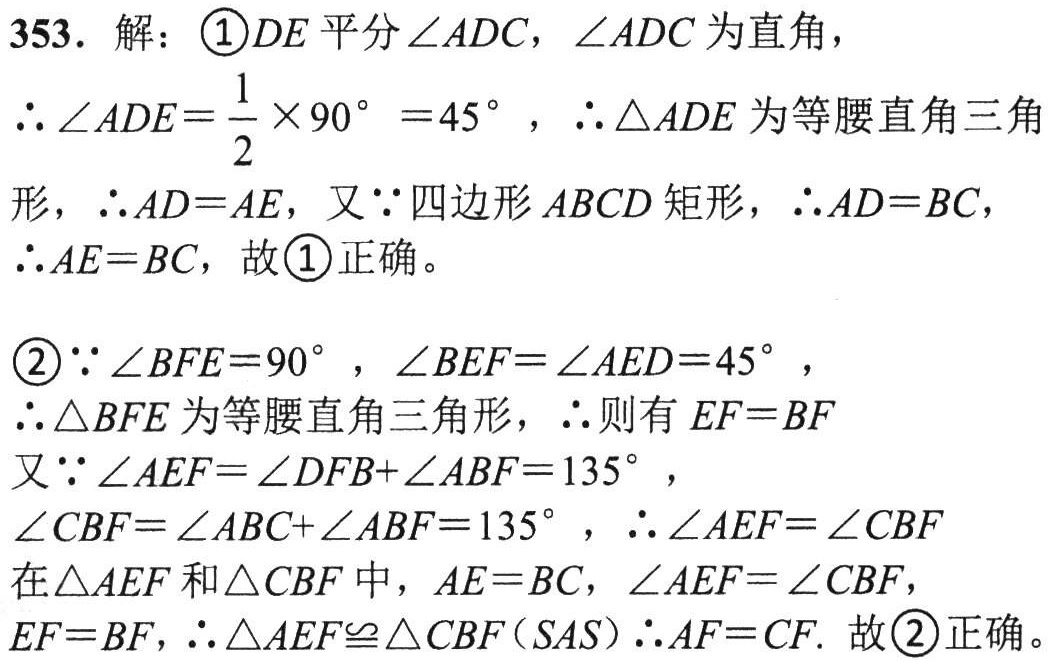
353. 解：

\textcircled{1}因为 \(DE\) 平分 \(\angle ADC\)，\(\angle ADC\) 为直角，

所以 \(\angle ADE=\frac{1}{2}\times90^{\circ}=45^{\circ}\)，所以 \(\triangle ADE\) 为等腰直角三角形，所以 \(AD = AE\)，又因为四边形 \(ABCD\) 是矩形，所以 \(AD = BC\)，

所以 \(AE = BC\)，故\textcircled{1}正确。

\textcircled{2}因为 \(\angle BFE = 90^{\circ}\)，\(\angle BEF=\angle AED = 45^{\circ}\)，

所以 \(\triangle BFE\) 为等腰直角三角形，所以则有 \(EF = BF\)

又因为 \(\angle AEF=\angle DFB+\angle ABF = 135^{\circ}\)，

\(\angle CBF=\angle ABC+\angle ABF = 135^{\circ}\)，所以 \(\angle AEF=\angle CBF\)

在 \(\triangle AEF\) 和 \(\triangle CBF\) 中，\(AE = BC\)，\(\angle AEF=\angle CBF\)，\(EF = BF\)，所以 \(\triangle AEF\cong\triangle CBF(SAS)\) 所以 \(AF = CF\). 故\textcircled{2}正确。